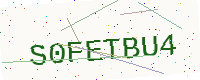
Text: S0FETBU4